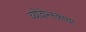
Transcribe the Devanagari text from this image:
व्योशेन्स्काया